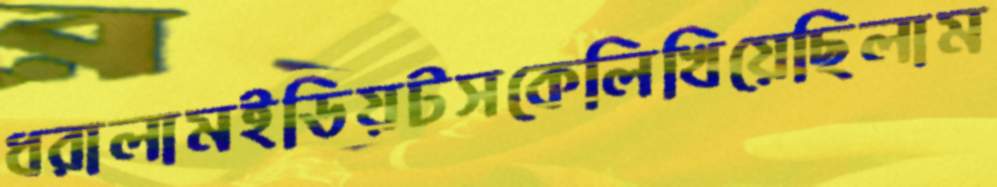
ধরালামইডিয়টসকেলিখিয়েছিলাম